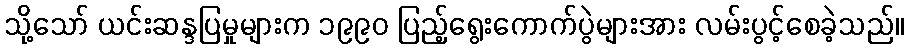
သို့သော် ယင်းဆန္ဒပြမှုများက ၁၉၉၀ ပြည့်ရွေးကောက်ပွဲများအား လမ်းပွင့်စေခဲ့သည်။